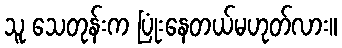
သူ သေတုန်းက ပြုံးနေတယ်မဟုတ်လား။